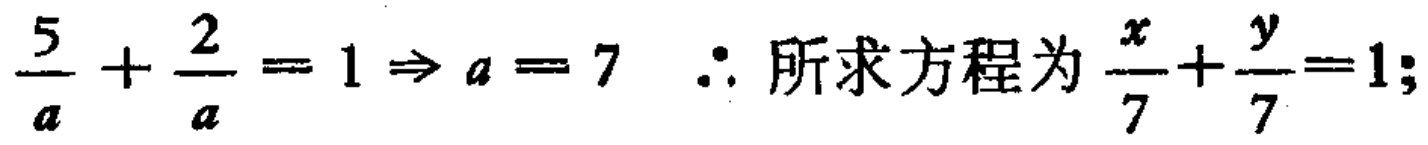
$\frac{5}{a}+\frac{2}{a}=1\Rightarrow a = 7\ \therefore\text{所求方程为}\frac{x}{7}+\frac{y}{7}=1;$